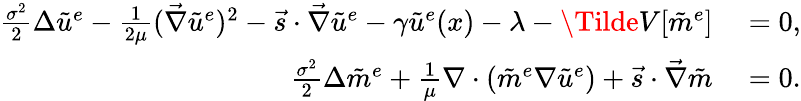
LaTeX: \begin{array}{rl}{\frac{\sigma^{2}}{2}\Delta{\tilde{u}^{e}}-\frac{1}{2\mu}(\vec{\nabla}\tilde{u}^{e})^{2}-\vec{s}\cdot\vec{\nabla}\tilde{u}^{e}-\gamma\tilde{u}^{e}(x)-\lambda-\Tilde{V}[\tilde{m}^{e}]}&{{}=0,}\\ {\frac{\sigma^{2}}{2}\Delta\tilde{m}^{e}+\frac{1}{\mu}\nabla\cdot(\tilde{m}^{e}\nabla\tilde{u}^{e})+\vec{s}\cdot\vec{\nabla}\tilde{m}}&{{}=0.}\end{array}